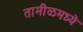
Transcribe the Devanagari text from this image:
तामीळमध्ये